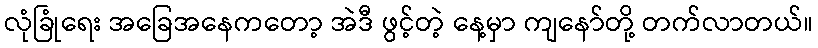
လုံခြုံရေး အခြေအနေကတော့ အဲဒီ ဖွင့်တဲ့ နေ့မှာ ကျနော်တို့ တက်လာတယ်။